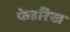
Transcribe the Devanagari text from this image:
फेडरिख